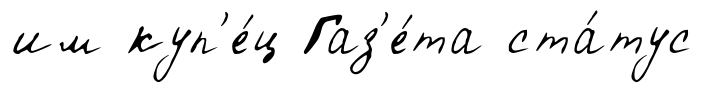
им куп'е́ц Газ'е́та ста́тус